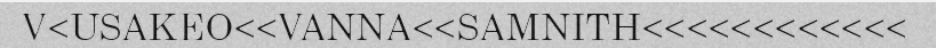
V<USAKEO<<VANNA<<SAMNITH<<<<<<<<<<<<